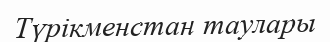
Түрікменстан таулары